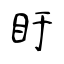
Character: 盱